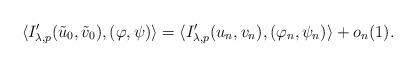
LaTeX: \begin{align*} \langle I_{\lambda,p}'(\tilde{u}_{0},\tilde{v}_{0}),(\varphi,\psi)\rangle=\langle I_{\lambda,p}'(u_{n},v_{n}),(\varphi_{n},\psi_{n})\rangle +o_{n}(1). \end{align*}